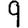
Digit: 9